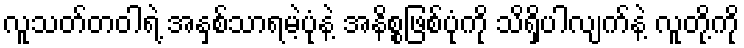
လူသတ်တဝါရဲ့ အနှစ်သာရမဲ့ပုံနဲ့ အနိစ္စဖြစ်ပုံကို သိရှိပါလျက်နဲ့ လူတို့ကို